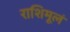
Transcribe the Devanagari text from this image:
राशिमूलं